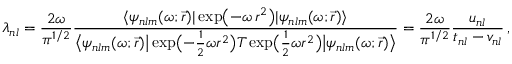
\lambda _ { n l } = \frac { 2 \omega } { \pi ^ { 1 / 2 } } \frac { \langle \psi _ { n l m } ( \omega ; \vec { r } ) | \exp \bigl ( - \omega \, r ^ { 2 } \bigr ) | \psi _ { n l m } ( \omega ; \vec { r } ) \rangle } { \bigl \langle \psi _ { n l m } ( \omega ; \vec { r } ) \big | \exp \bigl ( - \frac { 1 } { 2 } \omega r ^ { 2 } \bigr ) T \exp \bigl ( \frac { 1 } { 2 } \omega r ^ { 2 } \bigr ) \big | \psi _ { n l m } ( \omega ; \vec { r } ) \bigr \rangle } = \frac { 2 \omega } { \pi ^ { 1 / 2 } } \frac { u _ { n l } } { t _ { n l } - v _ { n l } } \, ,